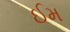
ઈમ